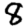
Digit: 8